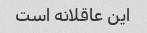
این عاقلانه است